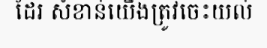
ដែរ សំខាន់យើងត្រូវចេះយល់